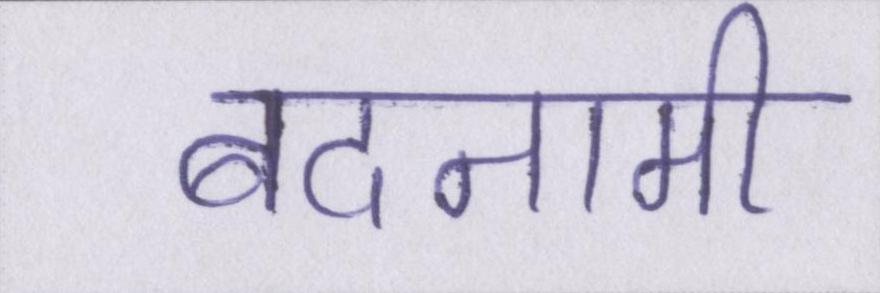
बदनामी